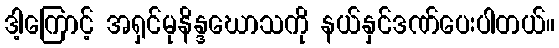
ဒါ့ကြောင့် အရှင်မုနိန္ဒဃောသကို နယ်နှင်ဒဏ်ပေးပါတယ်။